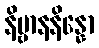
နိဗ္ဗာနနိန္နော